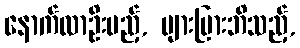
နောက်လာဦးမည့်, များပြားဘိသည့်,